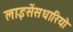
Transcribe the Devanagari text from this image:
लाइसेंसधारियो